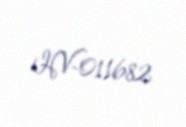
HV-011682